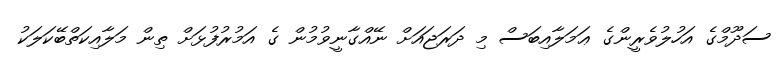
ސަދޫމްގެ އަހުލުވެރީންގެ ޢަމަލާއިބަސް މި ދަރަޖައަށް ނޭއްގާނީވުމުން ގެ އަމުރުފުޅަށް ތިން މަލާއިކަތްބޭކަލަކު